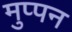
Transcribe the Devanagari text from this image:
मुप्पन